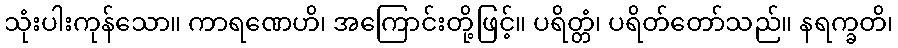
သုံးပါးကုန်သော။ ကာရဏေဟိ၊ အကြောင်းတို့ဖြင့်။ ပရိတ္တံ၊ ပရိတ်တော်သည်။ နရက္ခတိ၊